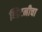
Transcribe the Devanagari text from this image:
व्हिटनीचा